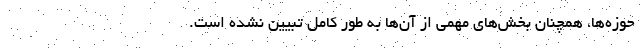
حوزه‌ها، همچنان بخش‌های مهمی از آن‌ها به طور کامل تبیین نشده است.